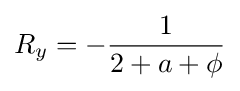
R_{y}=-{\frac {1}{2+a+\phi }}